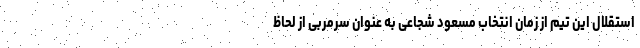
استقلال این تیم از زمان انتخاب مسعود شجاعی به عنوان سرمربی از لحاظ